Materia medica of Madras volume I
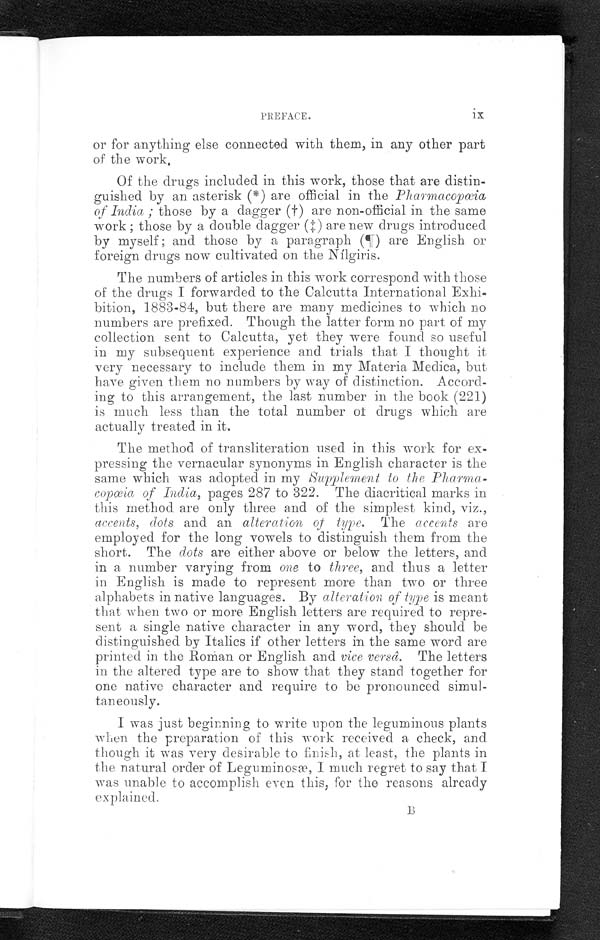
PREFACE.
or for anything else connected with them, in any other part
of the work.
Of the drugs included in this work, those that are distin-
guished by an asterisk (*) are official in the Pharmacopaœia
of India; those by a dagger (†) are non-official in the same
work; those by a double dagger (‡) are new drugs introduced
by myself; and those by a paragraph () are English or
foreign drugs now cultivated on the N ίlgiris.
The numbers of articles in this work correspond with those
of the drugs I forwarded to the Calcutta International Exhi-
bition, 1883-84, but there are many medicines to which no
numbers are prefixed. Though the latter form no part of my
collection sent to Calcutta, yet they were found so useful
in my subsequent experience and trials that I thought it,
very necessary to include them in my Materia Medica, but
have given them no numbers by way of distinction. Accord-
ing to this arrangement, the last number in the book (221)
is much less than the total number of drugs which are
actually treated in it.
The method of transliteration used in this work for ex-
pressing the vernacular synonyms in English character is the
same which was adopted in my Supplement to the Pharma -
copœia of India, pages 287 to 322. The diacritical marks in
this method are only three and of the simplest kind, viz.,
accents, dots and an alteration of type. The accents are
employed for the long vowels to distinguish them from the
short. The dots are either above or below the letters, and
in a number varying from one to three, and thus a letter
in English is made to represent more than two or three
alphabets in native languages. By alteration of type is meant
that when two or more English letters are required to repre-
sent a single native character in any word, they should be
distinguished by Italics if other letters in the same word are
printed in the Roman or English and vice versâ. The letters
in the altered type are to show that they stand together for
one native character and require to be pronounced simul-
taneously.
I was just beginning to write upon the leguminous plants
when the preparation of this work received a check, and
though it was very desirable to finish, at least, the plants in
the natural order of Leguminosæ, I much regret to say that I
was unable to accomplish even this, for the reasons already
explained.
B